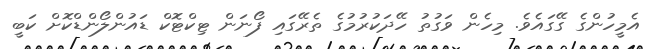
އެމީހުންގެ ގޭގައެވެ. މިހެން ވަގުތު ހޭދަކުރުމުގެ ތެރޭގައި ފޯނަން ޓިކްޓޮކް ޑައުންލޯންޑްކޮށް ކަބީ